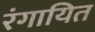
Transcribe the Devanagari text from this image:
रंगायित